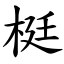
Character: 梃